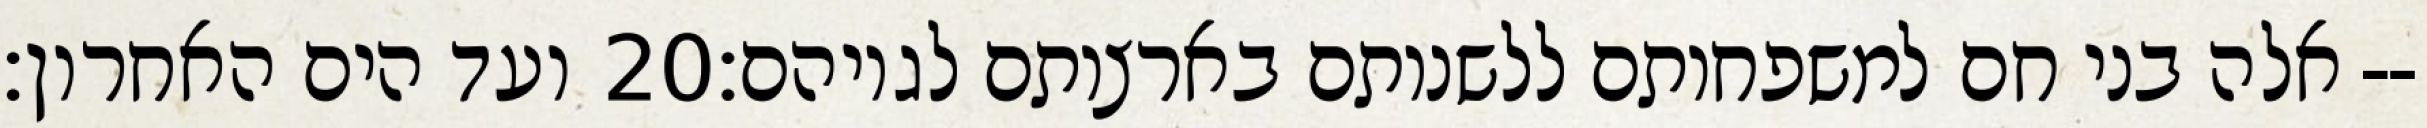
ועד הים האחרון׃ ‎20‏ אלה בני חם למשפחותם ללשנותם בארצותם לגויהם׃--